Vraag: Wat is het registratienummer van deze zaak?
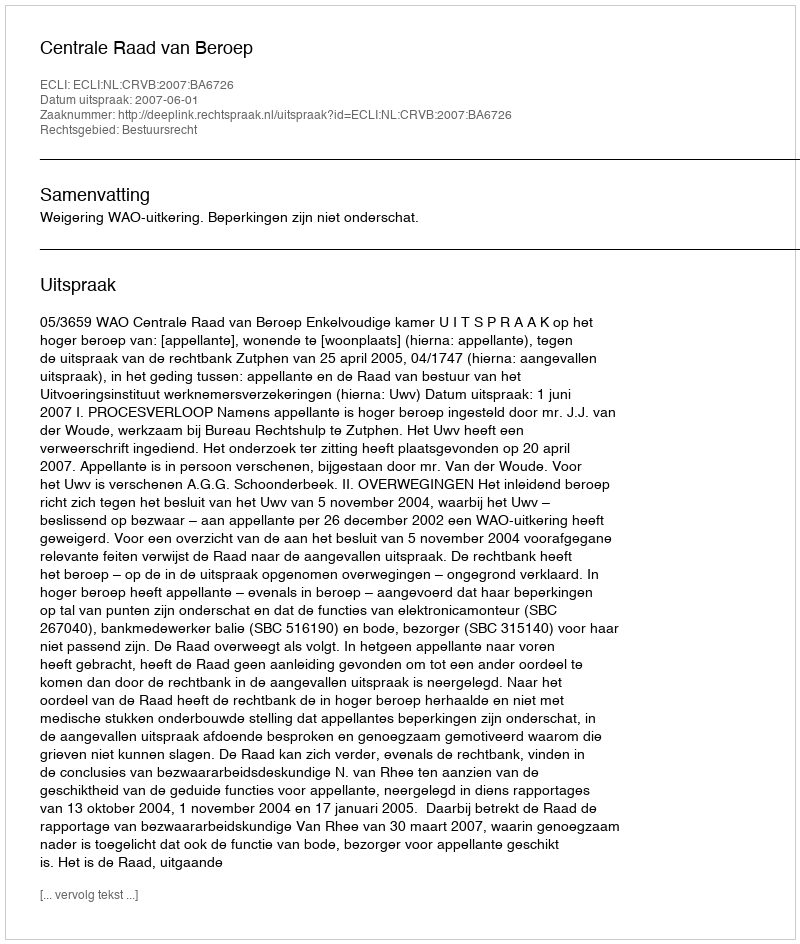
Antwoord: http://deeplink.rechtspraak.nl/uitspraak?id=ECLI:NL:CRVB:2007:BA6726